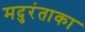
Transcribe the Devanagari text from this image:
मदुरंताका